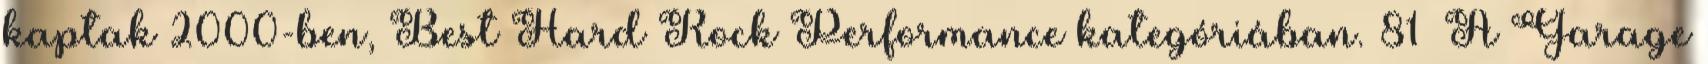
kaptak 2000-ben, Best Hard Rock Performance kategóriában. 81 A Garage